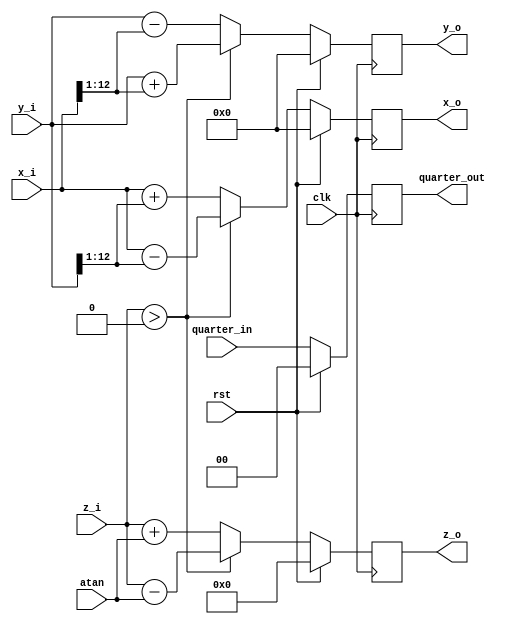
`timescale 1ns / 1ps
//////////////////////////////////////////////////////////////////////////////////
// Company: 
// Engineer: 
// 
// Design Name: 
// Module Name: rotator
// Project Name: 
// Target Devices: 
// Tool Versions: 
// Description: 
// 
// Dependencies: 
// 
// Revision:
// Revision 0.01 - File Created
// Additional Comments:
// 
//////////////////////////////////////////////////////////////////////////////////


module rotator
    #( 
    parameter DATA_WIDTH    = 12,
    parameter ANGLE_WIDTH   = 16,
    parameter ROTATOR_NUMBER = 1
    )(  
    input                                   clk,
    input                                   rst,

    input  wire signed [DATA_WIDTH:0]       x_i,
    input  wire signed [DATA_WIDTH:0]       y_i,
    input  wire signed [ANGLE_WIDTH:0]      z_i,
    input              [1:0]                quarter_in,
    input  wire        [ANGLE_WIDTH:0]      atan,

    output reg signed  [DATA_WIDTH:0]       x_o,
    output reg signed  [DATA_WIDTH:0]       y_o,
    output reg signed  [ANGLE_WIDTH:0]      z_o,
    output reg         [1:0]                quarter_out
);

wire signed [DATA_WIDTH:0] shifted_x;
wire signed [DATA_WIDTH:0] shifted_y;
assign shifted_x = x_i >>> ROTATOR_NUMBER;
assign shifted_y = y_i >>> ROTATOR_NUMBER;

always@(posedge clk)begin
    
    if (rst) begin

        x_o <= 0;
        y_o <= 0;
        z_o <= 0;
        quarter_out <=0;

    end else begin

        quarter_out <= quarter_in;

        if (z_i > 0) begin

            x_o = x_i - shifted_y;
            y_o = y_i + shifted_x;
            z_o = z_i - atan;
             
        end else begin

            x_o = x_i + shifted_y;
            y_o = y_i - shifted_x;
            z_o = z_i + atan;
            
        end
    end

end

endmodule